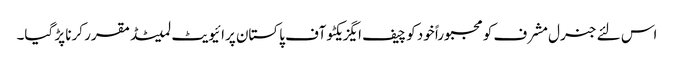
اس لئے جنرل مشرف کو مجبوراً خود کو چیف ایگزیکٹو آف پاکستان پرائیویٹ لمیٹڈ مقرر کرنا پڑ گیا۔